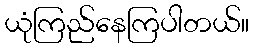
ယုံကြည်နေကြပါတယ်။